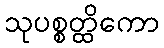
သုပစ္စတ္ထိကော